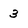
Character: 3